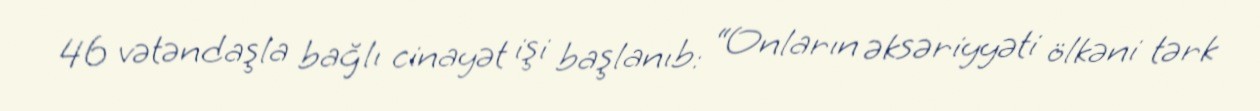
46 vətəndaşla bağlı cinayət işi başlanıb: “Onların əksəriyyəti ölkəni tərk